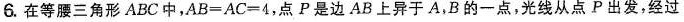
6.在等腰三角形ABC中，AB=AC=4，点P是边AB上异于A，B的一点，光线从点P出发，经过